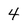
Character: 4